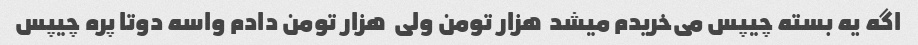
اگه یه بسته چیپس می‌خریدم میشد  هزار تومن ولی  هزار تومن دادم واسه دوتا پره چیپس